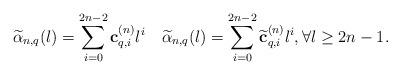
LaTeX: \begin{align*} \widetilde{\alpha}_{n,q}(l)=\sum_{i=0}^{2n-2} \textbf{c}_{q,i}^{(n)} l^i\quad\widetilde{ \alpha}_{n,q}(l)=\sum_{i=0}^{2n-2} \widetilde{\textbf{c}}_{q,i}^{(n)} l^i,\forall l \geq 2n-1.\end{align*}